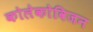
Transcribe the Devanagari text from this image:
कोलेकोविजन